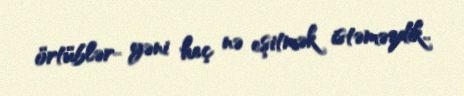
örtüblər- yəni heç nə eşitmək istəməzdik..